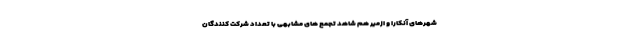
شهرهای آنکارا و ازمیر هم شاهد تجمع های مشابهی با تعداد شرکت کنندگان